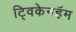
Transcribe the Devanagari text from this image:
ट्विकेनहॅम